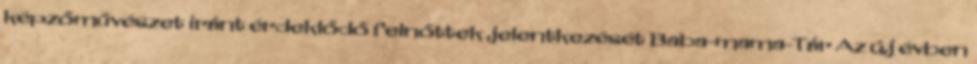
képzőművészet iránt érdeklődő felnőttek jelentkezését Baba-mama-Tár Az új évben